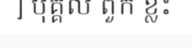
] បុគ្គល ពួក ខ្លះ